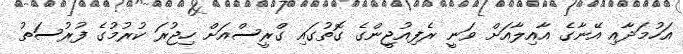
އަހުމަދާއި އޭނާގެ އާއިލާއަށް ވަނީ ރެފިއުޖީންގެ ގޮތުގައި ގްރީސްއަށް ހިޖުރަ ކުރުމުގެ ފުރުސަތު